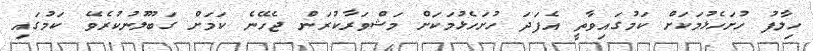
ހިލާފު ހުށަހެޅުމަކަށް ކަމުގައިވާތީ އެފަދަ ހުށަހެޅުމަކަށް މަޝްވަރާކުރަން ޖެހޭނެ ކަމަށް ގަބޫލުނުކުރެވޭ ކަމުގައި